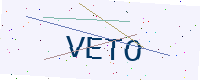
Text: VETO